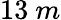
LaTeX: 13~m